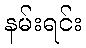
နမ်းရင်း